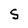
Character: S